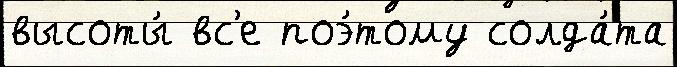
высоты́ вс'е поэ́тому солда́та